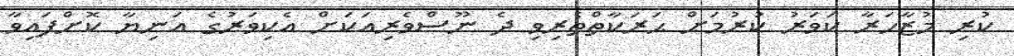
ކުރި މުޒާހަރާ ކަވަރު ކުރުމަށް ޙަރަކާތްތެރިވި ދެ ނޫސްވެރިއަކަށް އެކިވަރުގެ އަނިޔާ ކޮށްފައިވާ